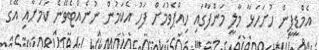
އެމްޑީޕީން ހުށަހަޅާ މާލީ މަންފާގައި ހިއްޕެވުމަށް ފަހު އެކަމުން ނުނެއްޓެވޭނެ ކަމަށާއި އޭގެ